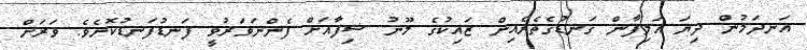
އަނދަމުން ދިޔަ އަލިފާން ގަނޑުގެތެރެއިން ޒައިކުގެ މޫނު ޝިފާއަށް ފެންނަވަރުވީ ފަނޑުފަނޑުކޮށެވެ. ވަރަށް